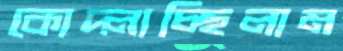
কোদ্‌লাচ্ছিলাম